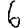
Digit: 6